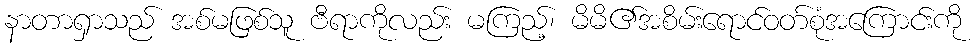
နာတာရှာသည် အစ်မဖြစ်သူ ဗီရာကိုလည်း မကြည့်၊ မိမိ၏အစိမ်းရောင်ဝတ်စုံအကြောင်းကို